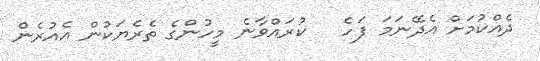
ދެއްކުމަށް އެދޭނަމަ ފަހެ   ކުރައްވާނެ މީހުންގެ ތެރެޔަކުން އެއުރެން